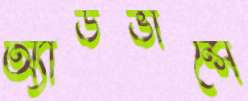
অ্যাডভান্সে